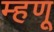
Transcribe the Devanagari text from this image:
म्‍हणू